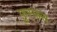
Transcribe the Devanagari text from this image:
फ़ुस्फ़स